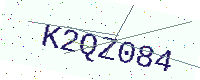
Text: K2QZ084